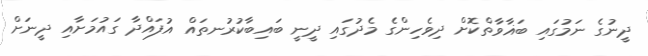
ދީނުގެ ނަމުގައި ބަޣާވާތްކޮށް ދިވެހިންގެ މެދުގައި ދީނީ ބައިބާކުރުނތައް އުފައްދާ ގައުމަށާއި ދީނަށް